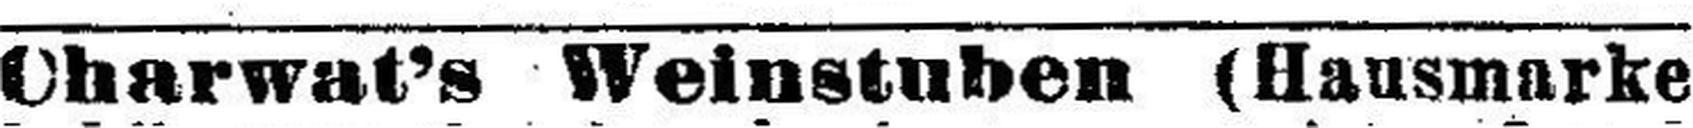
Charwat’s Weinstuben (Hausmarke